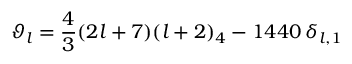
\vartheta _ { l } = \frac { 4 } { 3 } ( 2 l + 7 ) ( l + 2 ) _ { 4 } - 1 4 4 0 \, \delta _ { l , 1 }